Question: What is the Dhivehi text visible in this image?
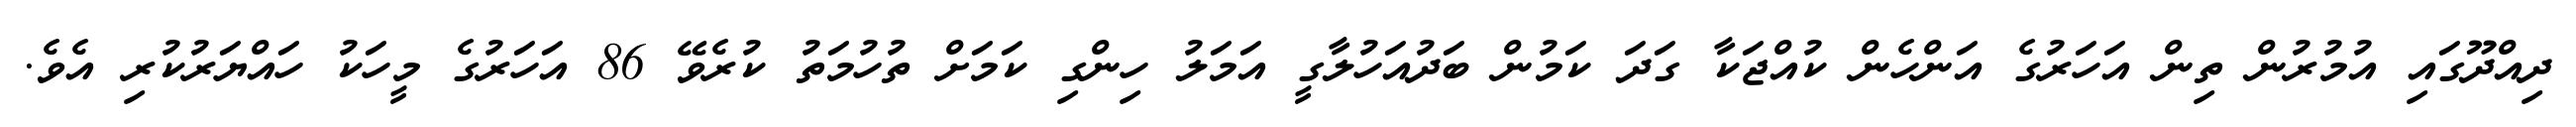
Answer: ދިއްދޫގައި އުމުރުން ތިން އަހަރުގެ އަންހެން ކުއްޖަކާ ގަދަ ކަމުން ބަދުއަހުލާގީ އަމަލު ހިންގި ކަމަށް ތުހުމަތު ކުރެވޭ 86 އަހަރުގެ މީހަކު ހައްޔަރުކުރި އެވެ.